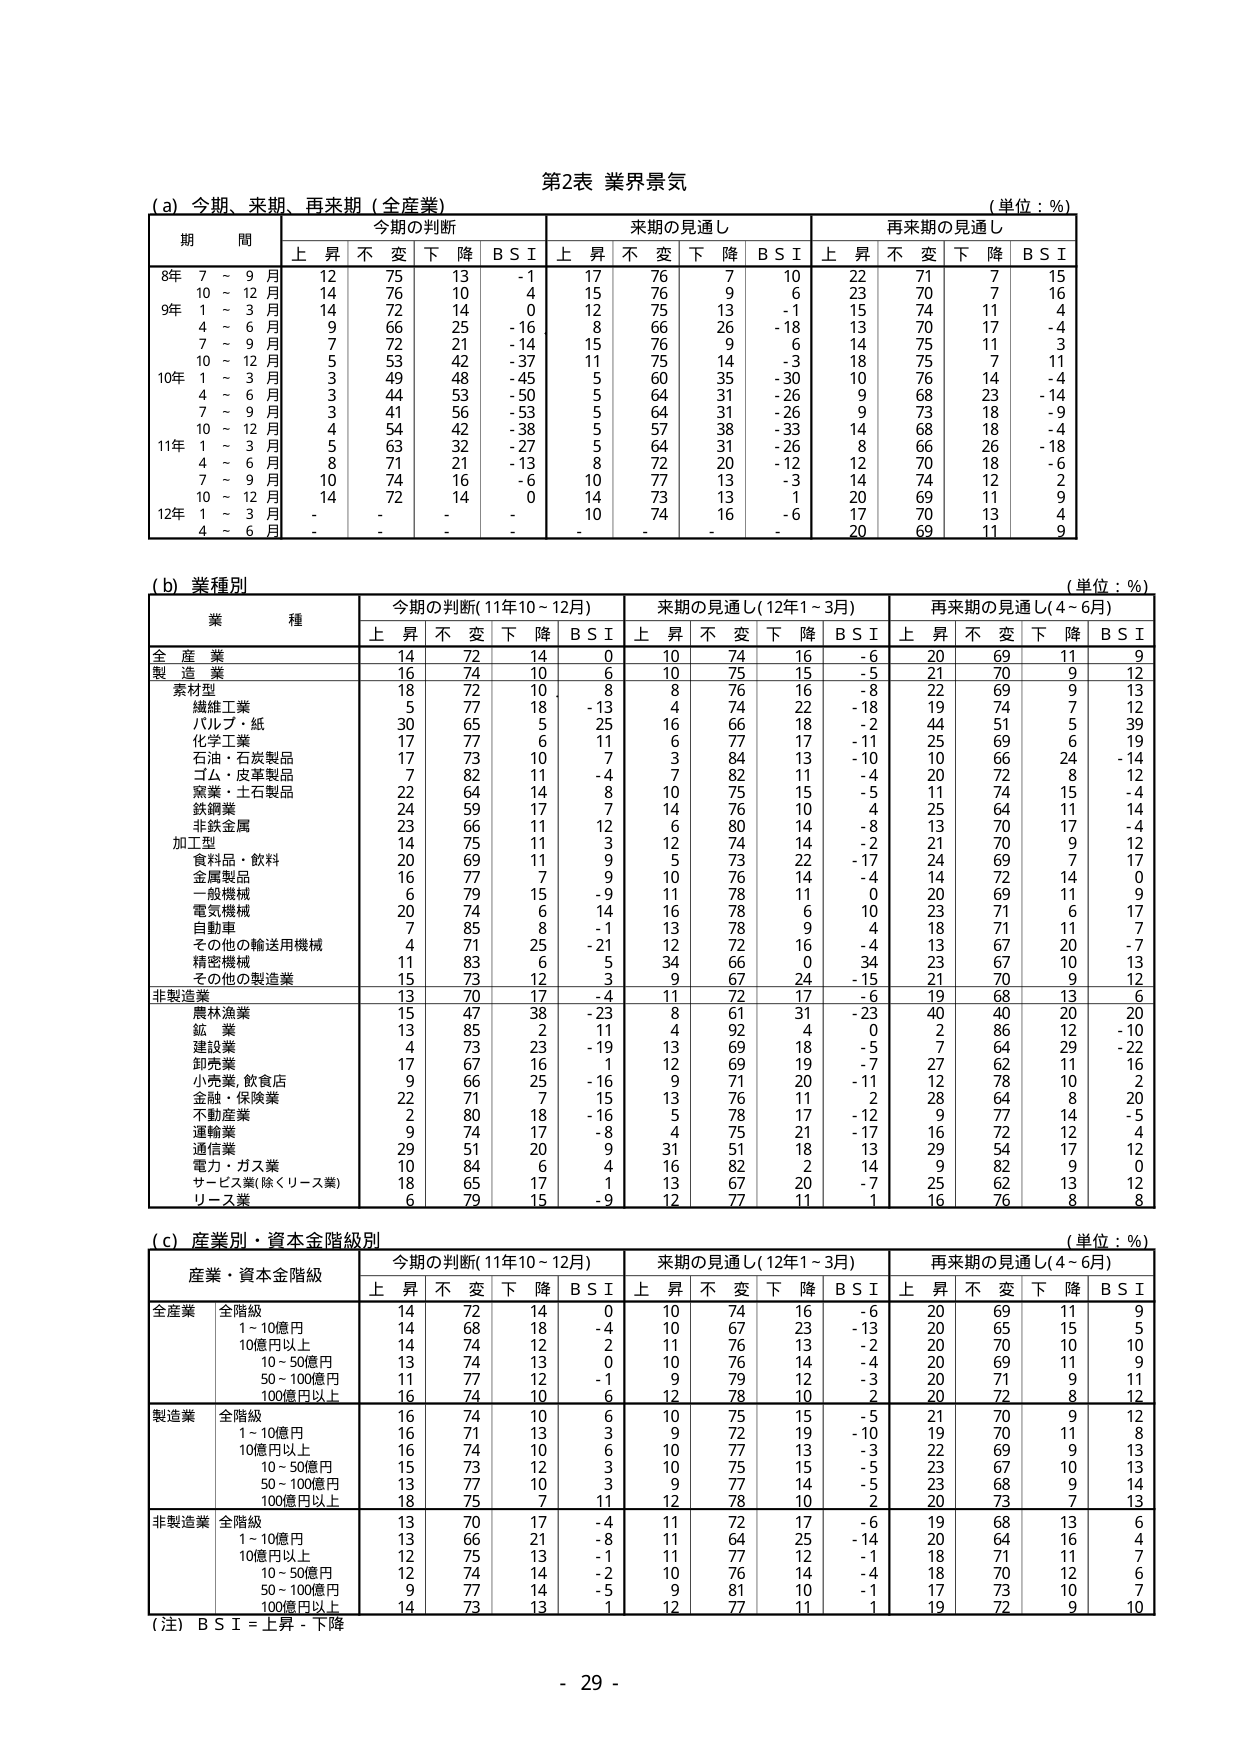
第2表 業界景気

(a) 今期、来期、再来期（全産業）
（単位：％）

期 間 今期の判断 来期の見通し 再来期の見通し
上 昇 不 変 下 降 B S I 上 昇 不 変 下 降 B S I 上 昇 不 変 下 降 B S I

8年 7 ～ 9 月 12 75 13 -1 17 76 7 10 22 71 7 15
10 ～ 12 月 14 76 10 4 15 76 9 6 23 70 7 16
9年 1 ～ 3 月 14 72 14 0 12 75 13 -1 15 74 11 4
4 ～ 6 月 9 66 25 -16 8 66 26 -18 13 70 17 -4
7 ～ 9 月 7 72 21 -14 15 76 9 6 14 75 11 3
10 ～ 12 月 5 53 42 -37 11 75 14 -3 18 75 7 11
10年 1 ～ 3 月 3 49 48 -45 5 60 35 -30 10 76 14 -4
4 ～ 6 月 3 44 53 -50 5 64 31 -26 9 68 23 -14
7 ～ 9 月 3 41 56 -53 5 64 31 -26 9 73 18 -9
10 ～ 12 月 4 54 42 -38 5 57 38 -33 14 68 18 -4
11年 1 ～ 3 月 5 63 32 -27 5 64 31 -26 8 66 26 -18
4 ～ 6 月 8 71 21 -13 8 72 20 -12 12 70 18 -6
7 ～ 9 月 10 74 16 -6 10 77 13 -3 14 74 12 2
10 ～ 12 月 14 72 14 0 14 73 13 1 20 69 11 9
12年 1 ～ 3 月 - - - - 10 74 16 -6 17 70 13 4
4 ～ 6 月 - - - - - - - - 20 69 11 9

(b) 業種別
（単位：％）

業 種 今期の判断（11年10～12月） 来期の見通し（12年1～3月） 再来期の見通し（4～6月）
上 昇 不 変 下 降 B S I 上 昇 不 変 下 降 B S I 上 昇 不 変 下 降 B S I

全 産 業 14 72 14 0 10 74 16 -6 20 69 11 9
製 造 業 16 74 10 6 10 75 15 -5 21 70 9 12
素材型 18 72 10 8 8 76 16 -8 22 69 9 13
繊維工業 5 77 18 -13 4 74 22 -18 19 74 7 12
パルプ・紙 30 65 5 25 16 66 18 -2 44 51 5 39
化学工業 17 77 6 11 6 77 17 -11 25 69 6 19
石油・石炭製品 17 73 10 7 3 84 13 -10 10 66 24 -14
ゴム・皮革製品 7 82 11 -4 7 82 11 -4 20 72 8 12
窯業・土石製品 22 64 14 8 10 75 15 -5 11 74 15 -4
鉄鋼業 24 59 17 7 14 76 10 4 25 64 11 14
非鉄金属 23 66 11 12 6 80 14 -8 13 70 17 -4
加工型 14 75 11 3 12 74 14 -2 21 70 9 12
食料品・飲料 20 69 11 9 5 73 22 -17 24 69 7 17
金属製品 16 77 7 9 10 76 14 -4 14 72 14 0
一般機械 6 79 15 -9 11 78 11 0 20 69 11 9
電気機械 20 74 6 14 16 78 6 10 23 71 6 17
自動車 7 85 8 -1 13 78 9 4 18 71 11 7
その他の輸送用機械 4 71 25 -21 12 72 16 -4 13 67 20 -7
精密機械 11 83 6 5 34 66 0 34 23 67 10 13
その他の製造業 15 73 12 3 9 67 24 -15 21 70 9 12
非製造業 13 70 17 -4 11 72 17 -6 19 68 13 6
農林漁業 15 47 38 -23 8 61 31 -23 40 40 20 20
鉱 業 13 85 2 11 4 92 4 0 2 86 12 -10
建設業 4 73 23 -19 13 69 18 -5 7 64 29 -22
卸売業 17 67 16 1 12 69 19 -7 27 62 11 16
小売業、飲食店 9 66 25 -16 9 71 20 -11 12 78 10 2
金融・保険業 22 71 7 15 13 76 11 2 28 64 8 20
不動産業 2 80 18 -16 5 78 17 -12 9 77 14 -5
運輸業 9 74 17 -8 4 75 21 -17 16 72 12 4
通信業 29 51 20 9 31 51 18 13 29 54 17 12
電力・ガス業 10 84 6 4 16 82 2 14 9 82 9 0
サービス業（除くリース業） 18 65 17 1 13 67 20 -7 25 62 13 12
リース業 6 79 15 -9 12 77 11 1 16 76 8 8

(c) 産業別・資本金階級別
（単位：％）

産業・資本金階級 今期の判断（11年10～12月） 来期の見通し（12年1～3月） 再来期の見通し（4～6月）
上 昇 不 変 下 降 B S I 上 昇 不 変 下 降 B S I 上 昇 不 変 下 降 B S I

全産業 全階級 14 72 14 0 10 74 16 -6 20 69 11 9
1～10億円 14 68 18 -4 10 67 23 -13 20 65 15 5
10億円以上 14 74 12 2 11 76 13 -2 20 70 10 10
10～50億円 13 74 13 0 10 76 14 -4 20 69 11 9
50～100億円 11 77 12 -1 9 79 12 -3 20 71 9 11
100億円以上 16 74 10 6 12 78 10 2 20 72 8 12

製造業 全階級 16 74 10 6 10 75 15 -5 21 70 9 12
1～10億円 16 71 13 3 9 72 19 -10 19 70 11 8
10億円以上 16 74 10 6 10 77 13 -3 22 69 9 13
10～50億円 15 73 12 3 10 75 15 5 23 67 10 13
50～100億円 13 77 10 3 9 77 14 -5 23 68 9 14
100億円以上 18 75 7 11 12 78 10 2 20 73 7 13

非製造業 全階級 13 70 17 -4 11 72 17 -6 19 68 13 6
1～10億円 13 66 21 -8 11 64 25 -14 20 64 16 4
10億円以上 12 75 13 -1 11 77 12 -1 18 71 11 7
10～50億円 12 74 14 -2 10 76 14 -4 18 70 12 6
50～100億円 9 77 14 -5 9 81 10 -1 17 73 10 7
100億円以上 14 73 13 1 12 77 11 1 19 72 9 10

（注）B S I = 上昇 - 下降

- 29 -